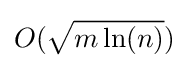
O({\sqrt {m\ln(n)}})